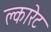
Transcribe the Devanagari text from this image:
क्लारेट